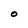
Character: O